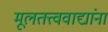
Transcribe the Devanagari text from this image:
मूलतत्त्ववाद्यांना